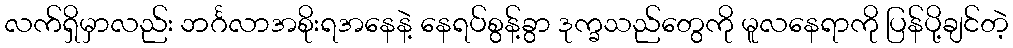
လက်ရှိမှာလည်း ဘင်္ဂလာအစိုးရအနေနဲ့ နေရပ်စွန့်ခွာ ဒုက္ခသည်တွေကို မူလနေရာကို ပြန်ပို့ချင်တဲ့